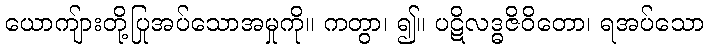
ယောကျ်ားတို့ပြုအပ်သောအမှုကို။ ကတွာ၊ ၍။ ပဋိလဒ္ဓဇိဝိတော၊ ရအပ်သော